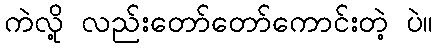
ကဲလို့ လည်းတော်တော်ကောင်းတဲ့ ပဲ။